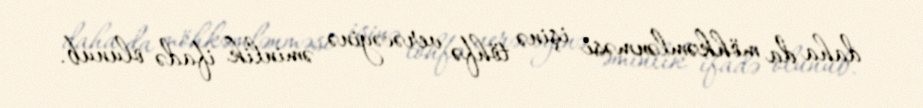
daha da möhkəmlənməsi işinə töhfə verəcəyinə əminlik ifadə olunub.